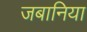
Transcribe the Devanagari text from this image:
जबानिया